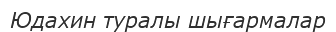
Юдахин туралы шығармалар